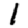
Digit: 1